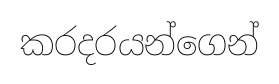
කරදරයන්ගෙන්